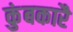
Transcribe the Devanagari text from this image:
कुंबकारै